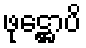
ဖုဋ္ဌောပိ